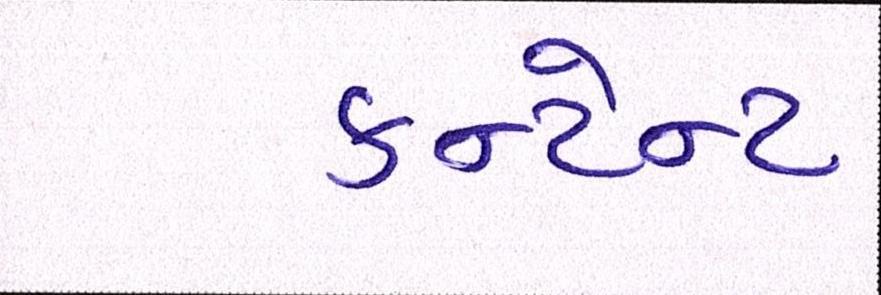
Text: કન્ટેન્ટ